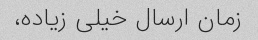
زمان ارسال خیلی زیاده،